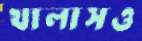
খালাসও